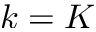
k = K